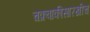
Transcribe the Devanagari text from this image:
चक्रवाकीसारखीच